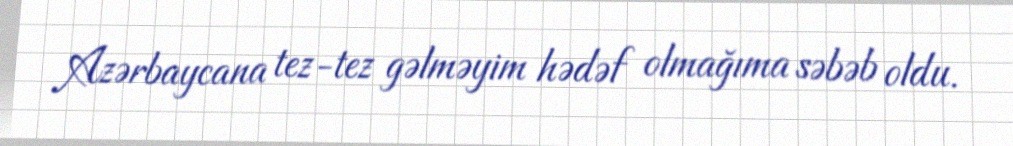
Azərbaycana tez-tez gəlməyim hədəf olmağıma səbəb oldu.